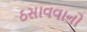
ઠસાવવાનો